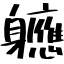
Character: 軈